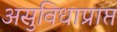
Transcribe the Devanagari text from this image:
असुविधाप्राप्त